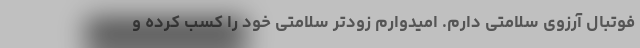
فوتبال آرزوی سلامتی دارم. امیدوارم زودتر سلامتی خود را کسب کرده و